Tezpur Lunatic Asylum reports 1895-1904 - 1895-1904
Year: 1895
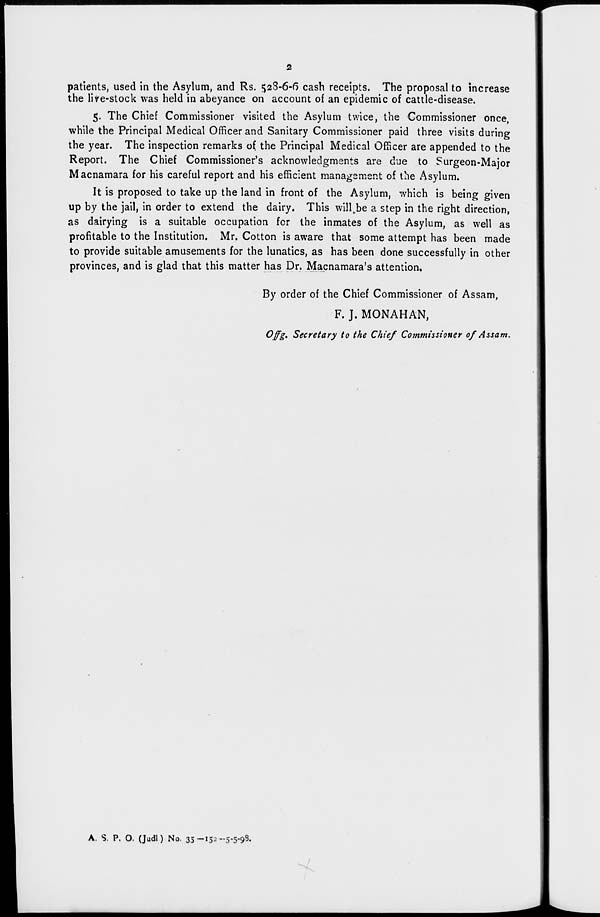
patients, used in the Asylum, and Rs. 528-6-6 cash receipts. The proposal to increase
the live-stock was held in abeyance on account of an epidemic of cattle-disease.
5. The Chief Commissioner visited the Asylum twice, the Commissioner once,
while the Principal Medical Officer and Sanitary Commissioner paid three visits during
the year. The inspection remarks of the Principal Medical Officer are appended to the
Report. The Chief Commissioner's acknowledgments are due to Surgeon-Major
Macnamara for his careful report and his efficient management of the x^sylum.
It is proposed to take up the land in front of the Asylum, which is being given
up by the jail, in order to extend the dairy. This wi!l k be a step in the right direction,
as dairying is a suitable occupation for the inmates of the Asylum, as well as
profitable to the Institution. Mr. Cotton is aware that some attempt has been made
to provide suitable amusements for the lunatics, as has been done successfully in other
provinces, and is glad that this matter has Dr. Macnamara's attention.
By order of the Chief Commissioner of Assam,
F. J. MONAHAN,
Offg, Secretary to the Chief Commissioner 0/ Assam.
A. S. P. O. (Judl) No. 33-l52~5-5-98.